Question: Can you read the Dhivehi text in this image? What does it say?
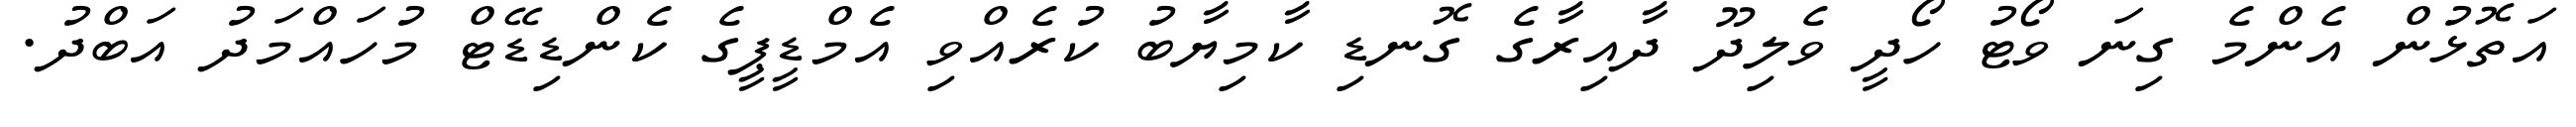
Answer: އަތޮޅުން އެންމެ ގިނަ ވޯޓު ހޯދީ ވެލިދޫ ދާއިރާގެ ގޮނޑި ކާމިޔާބު ކުރެއްވި އެމްޑީޕީގެ ކެންޑިޑޭޓް މުހައްމަދު އަބްދު.